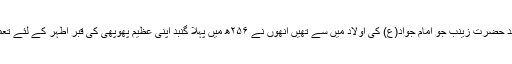
اس کے بعد حضرت زینب جو امام جواد(ع) کی اولاد میں سے تھیں انھوں نے ۲۵۶ھ میں پہلا گنبد اپنی عظیم پھوپھی کی قبر اطہر کے لئے تعمیر کروایا۔